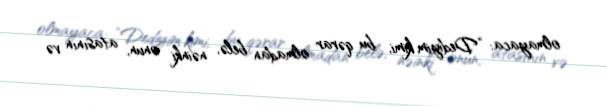
olmayaca: “Dediyim kimi, bu qərar olmadan belə, nəinki onun, atasının və